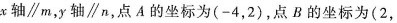
x轴∥m，y轴∥n，点A的坐标为(-4，2)，点B的坐标为(2，